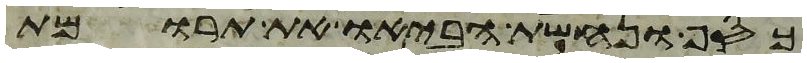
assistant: כסף ונחשת הביאו את תרומת